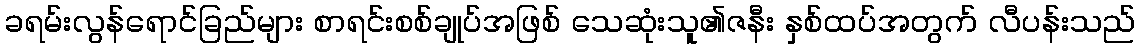
ခရမ်းလွန်ရောင်ခြည်များ စာရင်းစစ်ချုပ်အဖြစ် သေဆုံးသူ၏ဇနီး နှစ်ထပ်အတွက် လီပန်းသည်